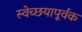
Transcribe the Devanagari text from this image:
स्वेच्छयापूर्वक